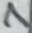
Text: 7